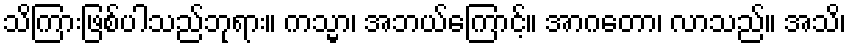
သိကြားဖြစ်ပါသည်ဘုရား။ ကသ္မာ၊ အဘယ်ကြောင့်။ အာဂတော၊ လာသည်။ အသိ၊